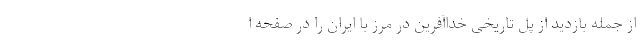
از جمله بازدید از پل تاریخی خداآفرین در مرز با ایران را در صفحه ا